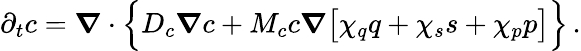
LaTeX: \partial_{t}c=\boldsymbol\nabla\cdot\Bigl\{ D_{c}\boldsymbol\nabla c+M_{c}c\boldsymbol\nabla\bigl[\chi_{q}q+\chi_{s}s+\chi_{p}p\bigr]\Bigr\} \, .